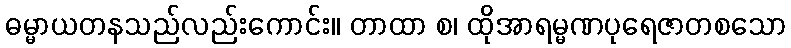
ဓမ္မာယတနသည်လည်းကောင်း။ တာထာ စ၊ ထိုအာရမ္မဏပုရေဇာတစသော